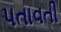
પતાવતી